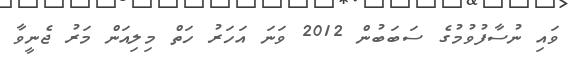
ވައި ނުސާފުވުމުގެ ސަބަބުން 2012 ވަނަ އަހަރު ހަތް މިލިއަން މަރު ޖެނީވާ